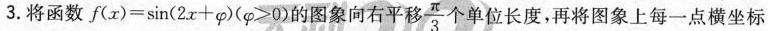
3.将函数$$f ( x ) = sin ( 2x + φ ) ( φ > 0 )$$的图象向右平移 $$ \frac { \pi } { 3 }$$ 个单位长度，再将图象上每一点横坐标